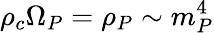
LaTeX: \rho_{c}\Omega_{P}=\rho_{P}\sim m_{P}^{4}